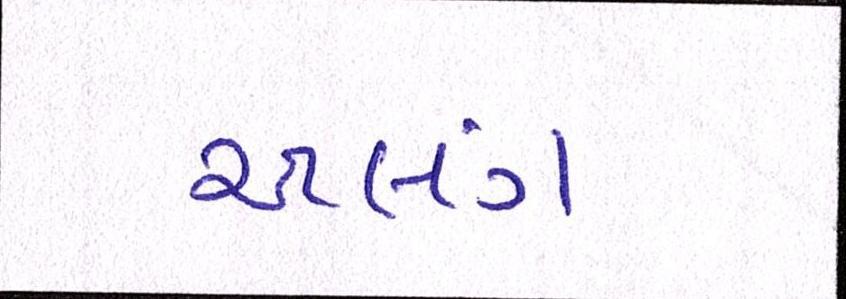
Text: અલગં